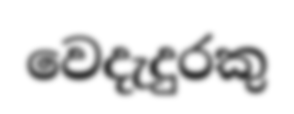
වෙදැදුරකු